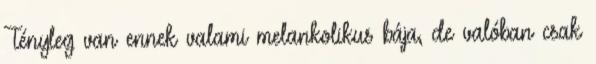
Tényleg van ennek valami melankolikus bája, de valóban csak